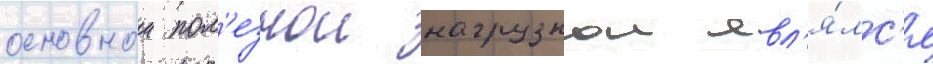
основнои пол'езнои нагрузкои явл'я́лс'я